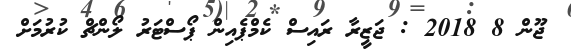
ޖޫން 8 2018 : ޖަޒީރާ ރައިސް ކެމްޕެއިން ޕޯސްޓަރު ލޯންޗް ކުރުމަށް